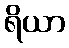
ရိယာ